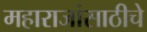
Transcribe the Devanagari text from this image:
महाराजांसाठीचे